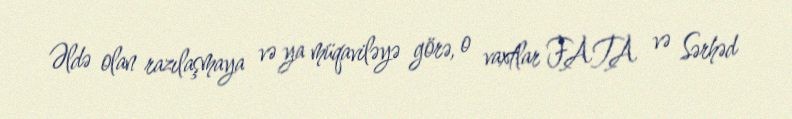
Əldə olan razılaşmaya və ya müqaviləyə görə, o vaxtlar FATA və Sərhəd